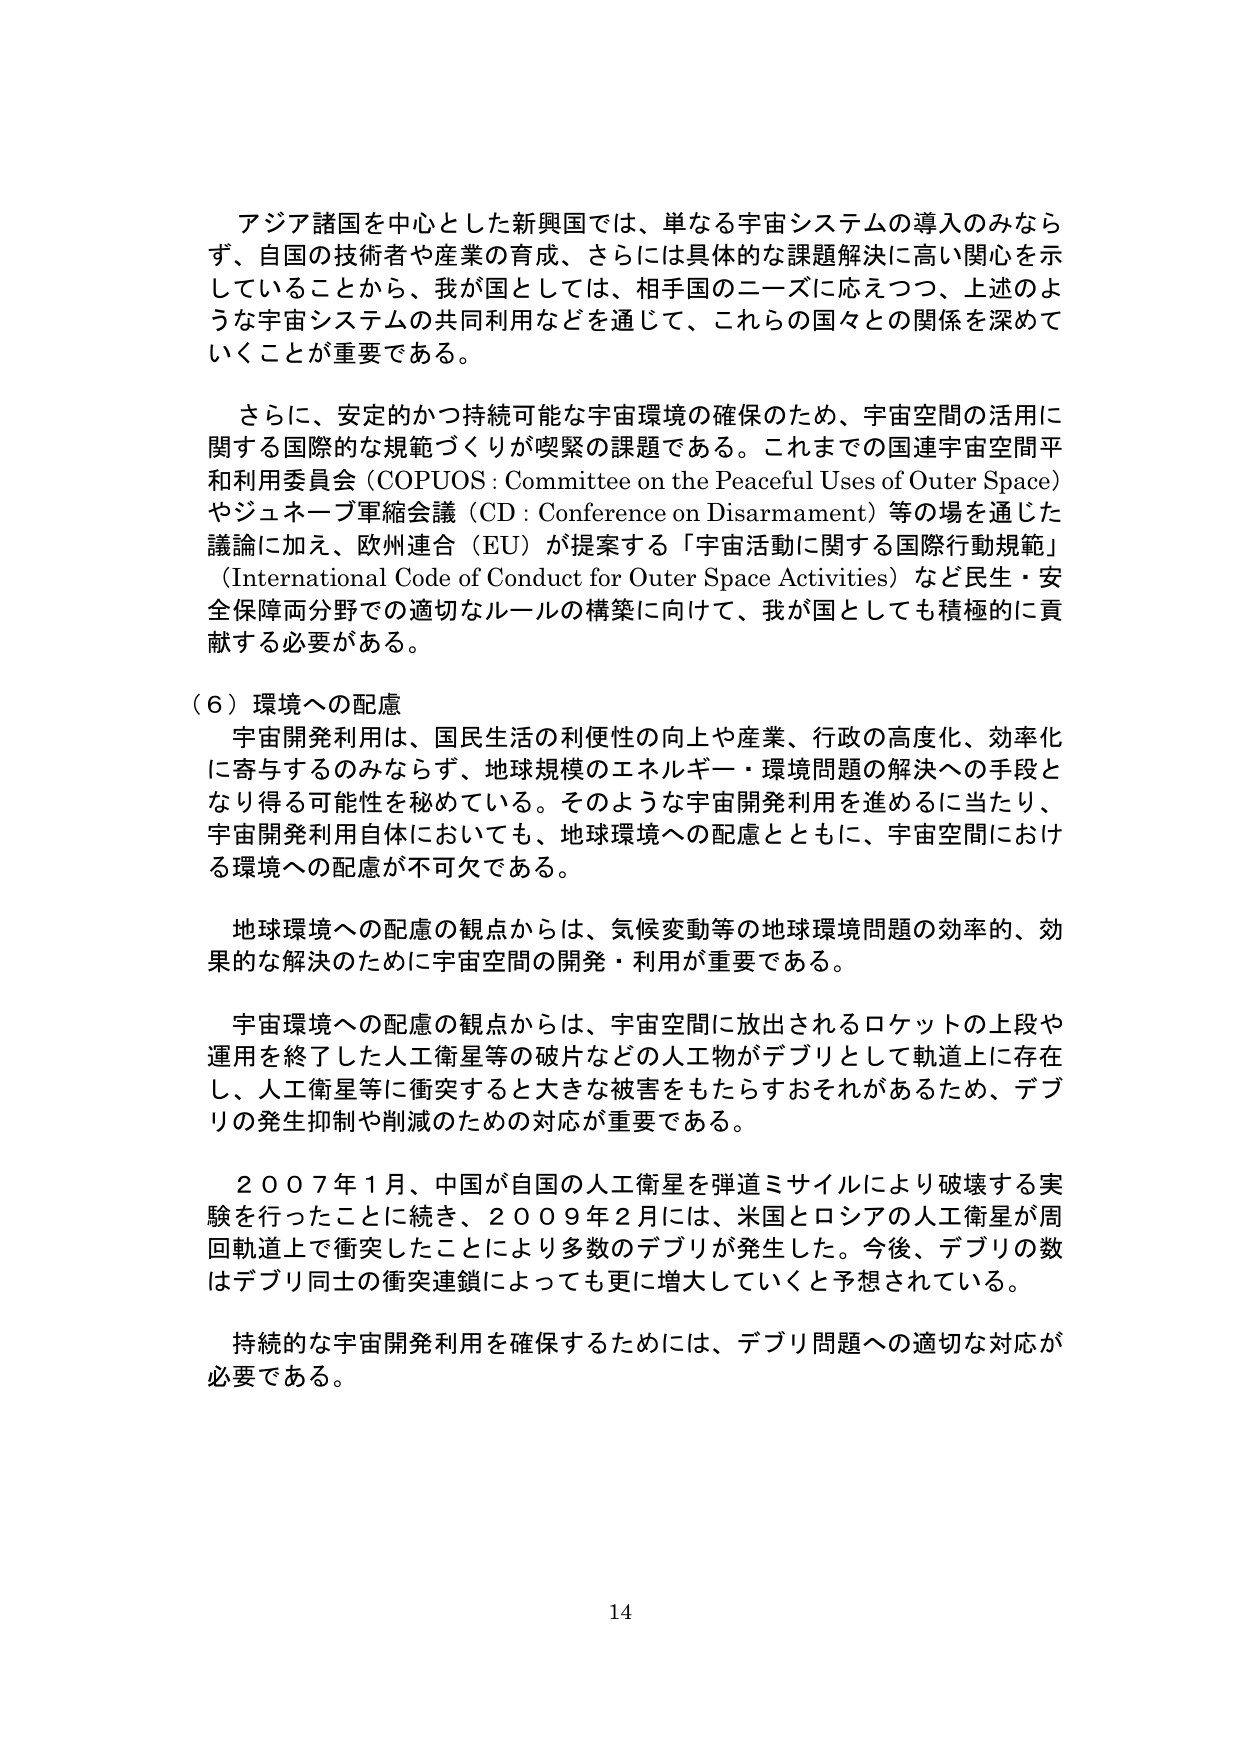
アジア諸国を中心とした新興国では、単なる宇宙システムの導入のみならず、自国の技術者や産業の育成、さらには具体的な課題解決に高い関心を示していることから、我が国としては、相手国のニーズに応えつつ、上述のような宇宙システムの共同利用などを通じて、これらの国々との関係を深めていくことが重要である。

さらに、安定的かつ持続可能な宇宙環境の確保のため、宇宙空間の活用に関する国際的な規範づくりが喫緊の課題である。これまでの国連宇宙空間平和利用委員会（COPUOS : Committee on the Peaceful Uses of Outer Space）やジュネーブ軍縮会議（CD : Conference on Disarmament）等の場を通じた議論に加え、欧州連合（EU）が提案する「宇宙活動に関する国際行動規範」（International Code of Conduct for Outer Space Activities）など民生・安全保障両分野での適切なルールの構築に向けて、我が国としても積極的に貢献する必要がある。

（６）環境への配慮

宇宙開発利用は、国民生活の利便性の向上や産業、行政の高度化、効率化に寄与するのみならず、地球規模のエネルギー・環境問題の解決への手段となり得る可能性を秘めている。そのような宇宙開発利用を進めるに当たり、宇宙開発利用自体においても、地球環境への配慮とともに、宇宙空間における環境への配慮が不可欠である。

地球環境への配慮の観点からは、気候変動等の地球環境問題の効率的、効果的な解決のために宇宙空間の開発・利用が重要である。

宇宙環境への配慮の観点からは、宇宙空間に放出されるロケットの上段や運用を終了した人工衛星等の破片などの人工物がデブリとして軌道上に存在し、人工衛星等に衝突すると大きな被害をもたらすおそれがあるため、デブリの発生抑制や削減のための対応が重要である。

２００７年１月、中国が自国的人工衛星を弾道ミサイルにより破壊する実験を行ったことに続き、２００９年２月には、米国とロシアの人工衛星が周回軌道上で衝突したことにより多数のデブリが発生した。今後、デブリの数はデブリ同士の衝突連鎖によっても更に増大していくと予想されている。

持続的な宇宙開発利用を確保するためには、デブリ問題への適切な対応が必要である。

14